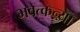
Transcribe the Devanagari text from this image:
भवेत्कन्या